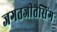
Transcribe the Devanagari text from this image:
जगतजीतसिंग